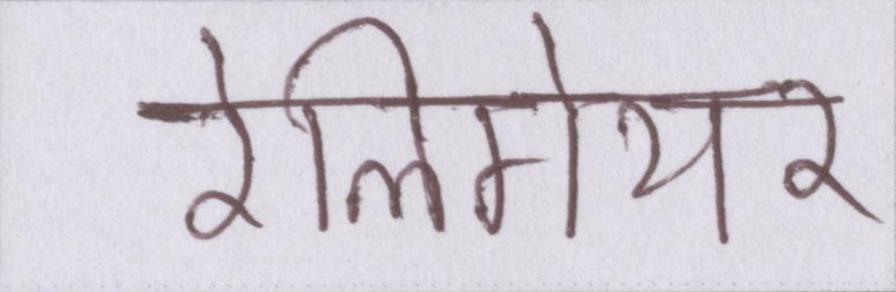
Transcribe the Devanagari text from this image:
रेलिगेयर